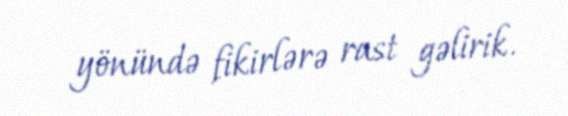
yönündə fikirlərə rast gəlirik.